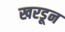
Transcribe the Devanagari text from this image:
खरडून